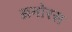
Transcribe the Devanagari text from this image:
अनोरस